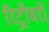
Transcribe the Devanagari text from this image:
रिट्रीवरों